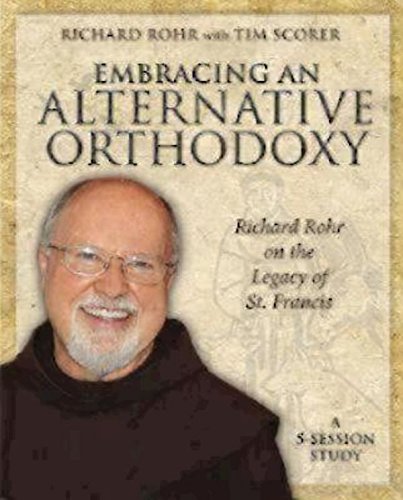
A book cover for Embracing an Alternative Orthodoxy Participant's Workbook: Richard Rohr on the Legacy of St. Francis; Richard Rohr; Christian Books & Bibles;